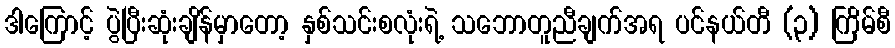
ဒါကြောင့် ပွဲပြီးဆုံးချိန်မှာတော့ နှစ်သင်းစလုံးရဲ့ သဘောတူညီချက်အရ ပင်နယ်တီ (၃) ကြိမ်စီ